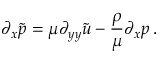
\partial _ { x } \tilde { p } = \mu \partial _ { y y } \tilde { u } - { \frac { \rho } { \mu } } \partial _ { x } p \, .